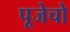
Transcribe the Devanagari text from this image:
पूजेचो